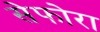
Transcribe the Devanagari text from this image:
सेफोरा